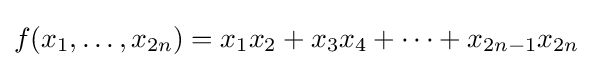
f(x_{1},\ldots ,x_{2n})=x_{1}x_{2}+x_{3}x_{4}+\cdots +x_{2n-1}x_{2n}